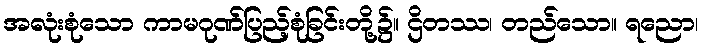
အလုံးစုံသော ကာမဂုဏ်ပြည့်စုံခြင်းတို့၌။ ဌိတဿ၊ တည်သော။ ရညော၊